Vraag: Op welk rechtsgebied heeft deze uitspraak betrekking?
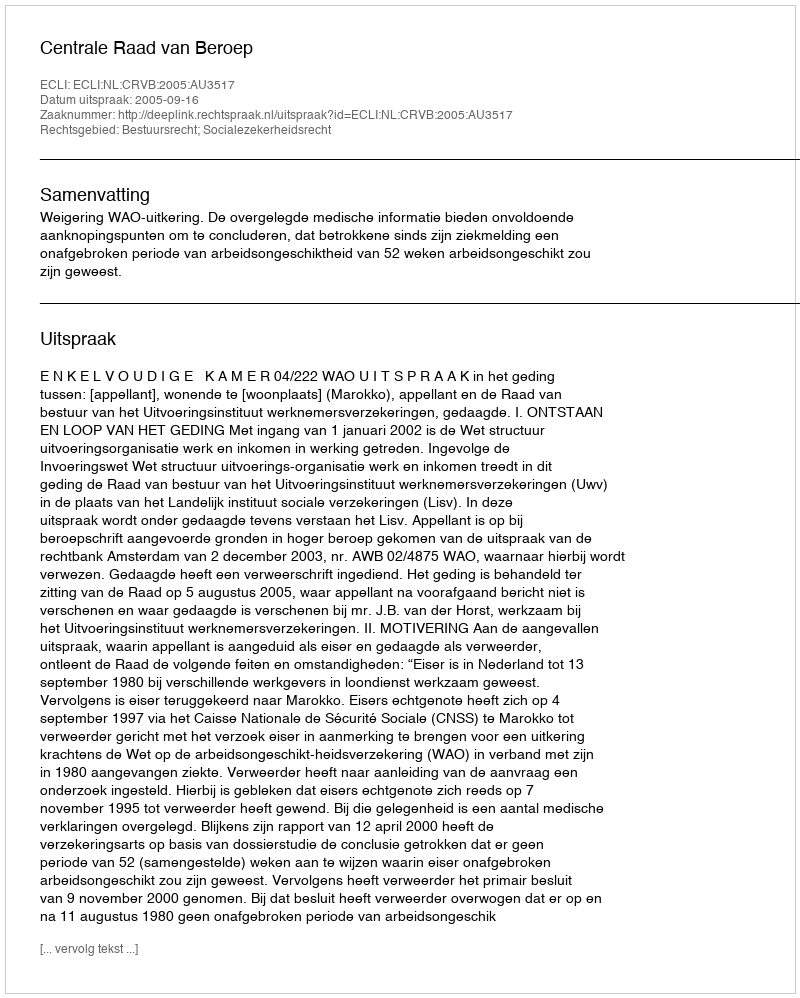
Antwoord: Bestuursrecht; Socialezekerheidsrecht